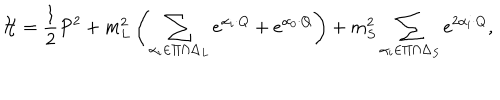
{ \cal H } = { \frac { 1 } { 2 } } P ^ { 2 } + m _ { L } ^ { 2 } \left( \sum _ { \alpha _ { i } \in \Pi \cap \Delta _ { L } } e ^ { \alpha _ { i } \cdot Q } + e ^ { \alpha _ { 0 } \cdot Q } \right) + m _ { S } ^ { 2 } \sum _ { \alpha _ { i } \in \Pi \cap \Delta _ { S } } e ^ { 2 \alpha _ { i } \cdot Q } ,